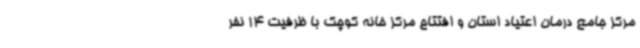
مرکز جامع درمان اعتیاد استان و افتتاح مرکز خانه کوچک با ظرفیت 14 نفر